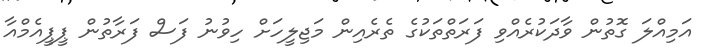
އަމިއްލަ ގޮތުން ވާދަކުރެއްވި ފަރަތްތަކުގެ ތެރެއިން މަޖިލީހަށް ހިވުނު ފަސް ފަރާތުން ޕީޕީއެމްއާ